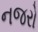
નજરો